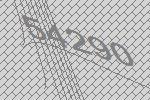
54290